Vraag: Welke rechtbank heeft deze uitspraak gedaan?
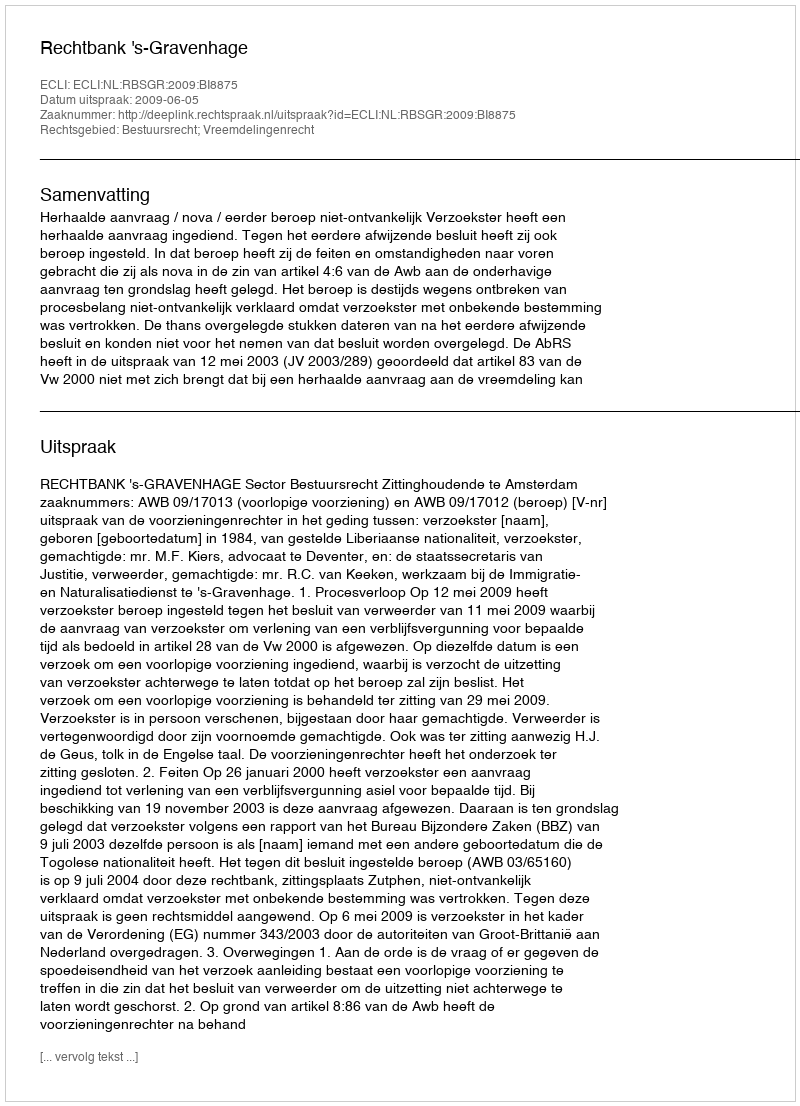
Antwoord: Rechtbank 's-Gravenhage